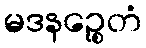
မဒနဉ္စေတံ